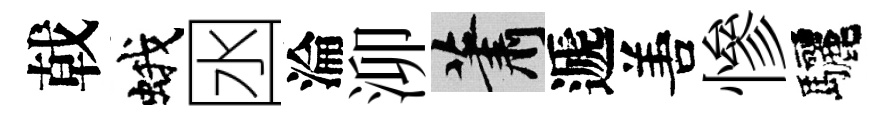
戟蛾囦淪泖蕭遞𠵊慘驅